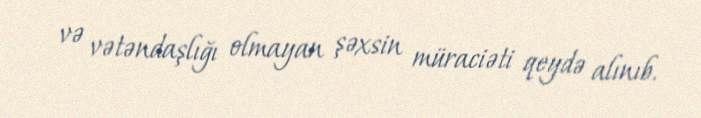
və vətəndaşlığı olmayan şəxsin müraciəti qeydə alınıb.